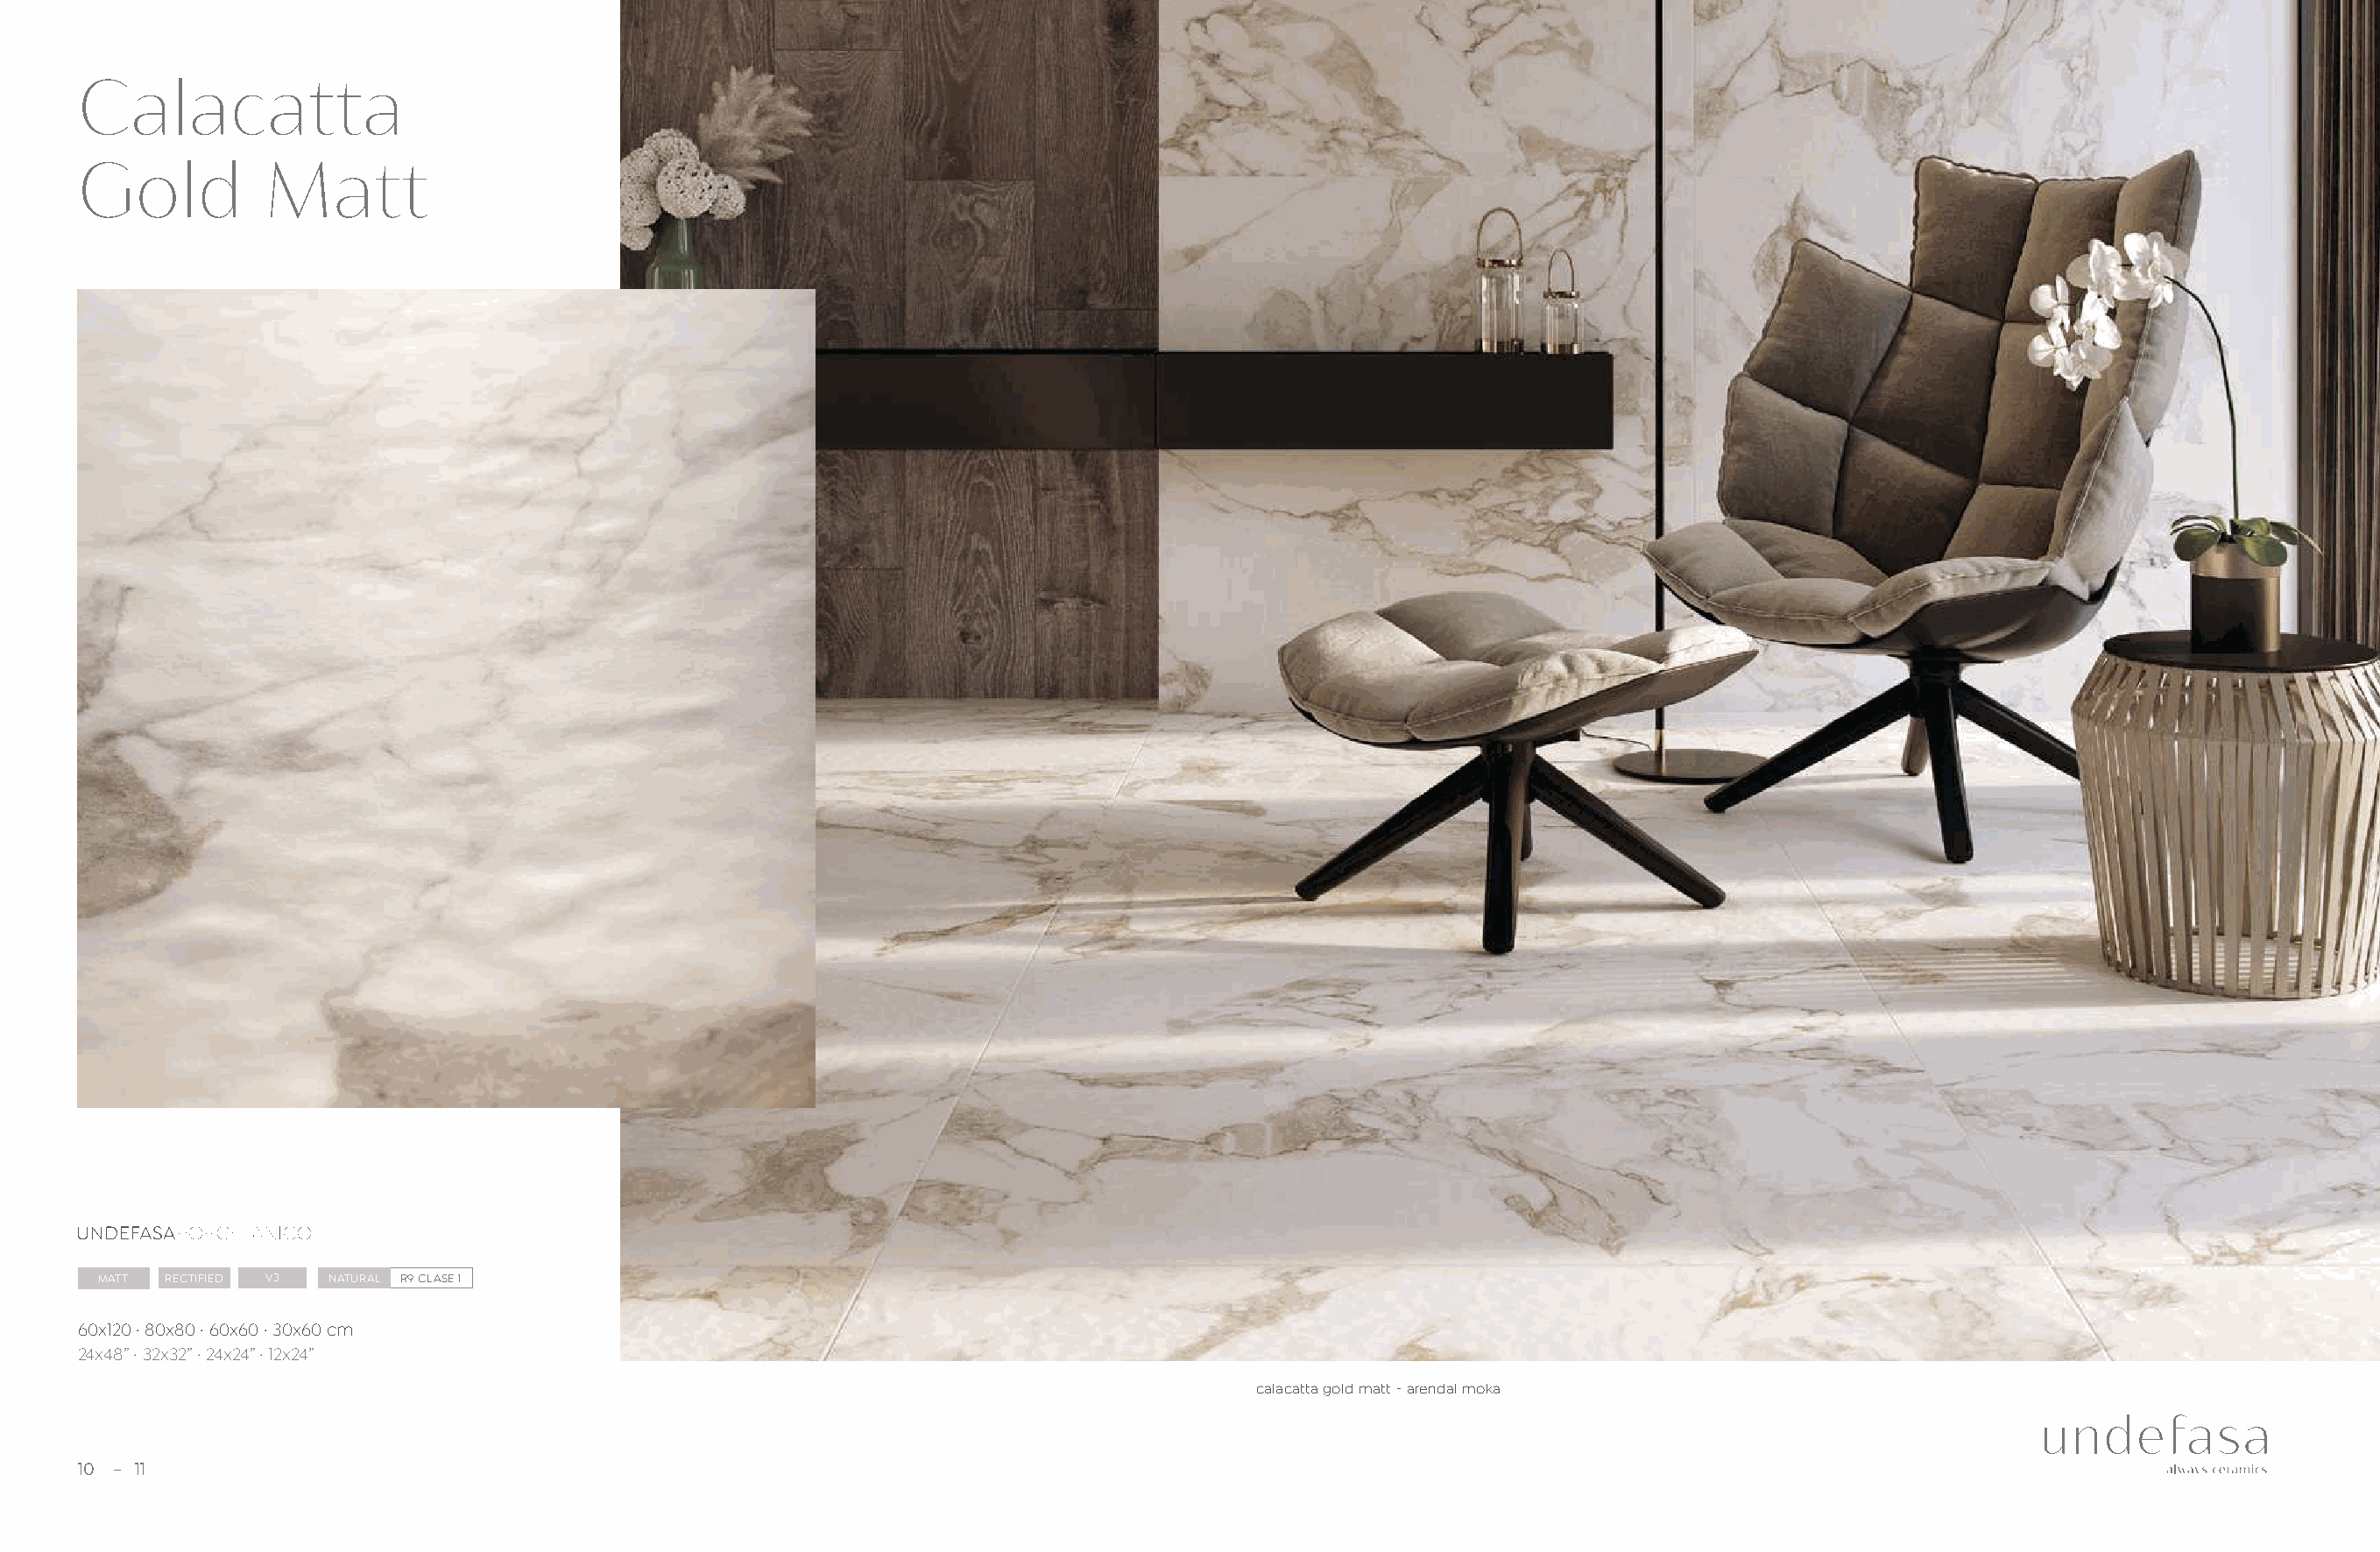
Calacatta
 Gold          Matt
 MATT RECTIFIED V3 NATURAL R9 CLASE 1
 60x120 · 80x80 · 60x60 · 30x60 cm
 24x48” · 32x32” · 24x24” · 12x24”
 calacatta gold matt - arendal moka
 10  11